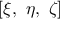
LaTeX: \left[ \xi , \ \eta , \ \zeta \right]